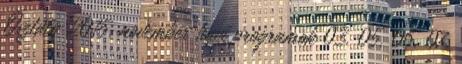
Osztály 2015. november havi programok 03. 05. 06. 07.